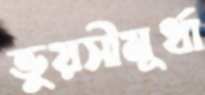
ভুয়সীমূর্ধা